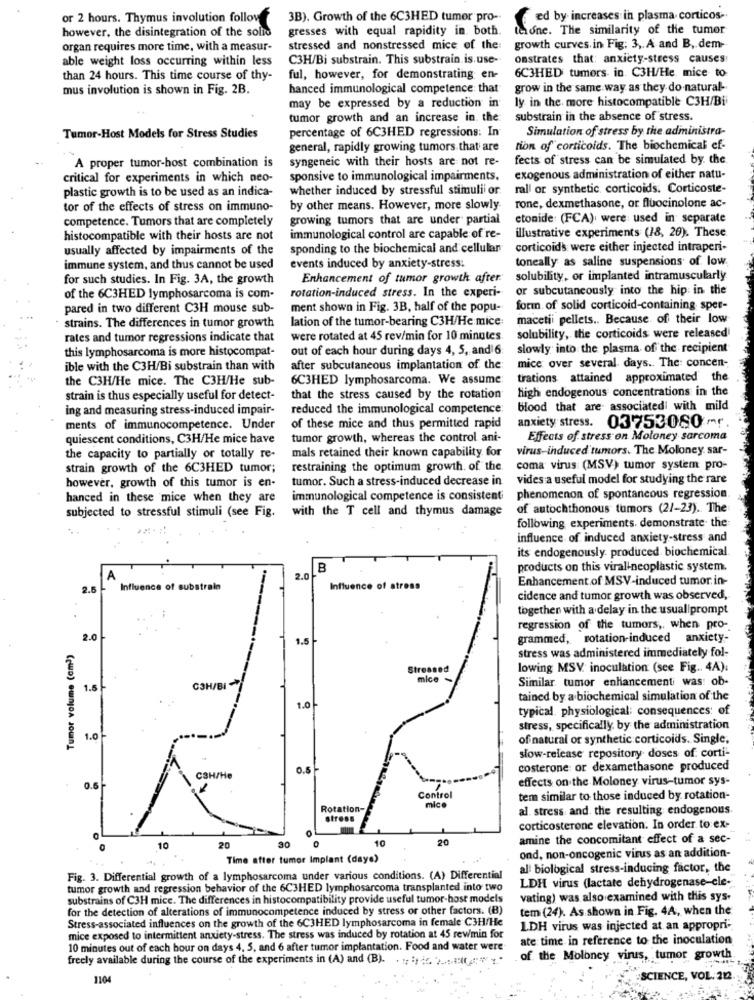
or 2 hours. Thymus involution follov
3B). Growth of the 6C3HED tumor pro-
ed by increases in plasma corticos-
however, the disintegration of the solid
gresses with equal rapidity in. both.
telone. The similarity of the tumor
organ requires more time, with a measur-
stressed and nonstressed mice of the:
growth curves in Fig: 3 ,. A and B, dem-
able weight loss occurring within less
C3H/Bi substrain. This substrain. is.use-
onstrates that: anxiety-stress causes:
6C3HED tumors in. C3H/He mice to
than 24 hours. This time course of thy-
ful, however, for demonstrating en-
mus involution is shown in Fig. 2B.
hanced immunological competence: that
grow in the same way as they do natural-
may be expressed by a reduction in
ly in the more histocompatible C3H/Bi
tumor growth and an increase in. the:
substrain in the absence of stress.
Simulation of stress by the administra-
Tumor-Host Models for Stress Studies
percentage of 6C3HED regressions: In
general, rapidly growing tumors that are
tion of corticoids. The biochemical ef-
A proper tumor-host combination is
syngeneic with their hosts are not re-
fects of stress can be simulated by. the
critical for experiments in which neo-
sponsive to immunological impairments.
exogenous administration of either natu-
plastic growth is to be used as an indica-
whether induced by stressful stimuli or
rall or synthetic, corticoids. Corticoste-
tor of the effects of stress on immuno-
by other means. However, more slowly-
rone, dexmethasone, or fluocinolone ac-
competence. Tumors that are completely
growing tumors that are under partial
etonide: (FCA); were used in separate
illustrative experiments (18, 20). These
histocompatible with their hosts are not
immunological control are capable of re-
usually affected by impairments of the
sponding to the biochemical and cellular
corticoid's were either injected intraperi-
toneally as saline suspensions of low.
immune system, and thus cannot be used
events induced by anxiety-stress:
for such studies. In Fig. 3A, the growth
Enhancement of tumor growth after.
solubility, or implanted intramuscularly
or subcutaneously into the hip in the
of the 6C3HED lymphosarcoma is com-
rotation-induced stress. In the experi-
pared in two different C3H mouse sub-
ment shown in Fig. 3B, half of the popu-
forin of solid corticoid-containing sper-
strains. The differences in tumor growth
lation of the tumor-bearing C3H/He mice
macetii pellets .. Because of their low
rates and tumor regressions indicate that
were rotated at 45 rev/min for 10 minutes.
solubility, the corticoids were released
this lymphosarcoma is more histocompat-
out of each hour during days 4, 5, and 6
slowly into the plasma of the recipient
ible with the C3H/Bi substrain than with
after subcutaneous implantation of the
mice over several days .. The: concen-
the C3H/He mice. The C3H/He sub-
6C3HED lymphosarcoma. We assume
trations attained approximated" the
high endogenous concentrations in the
strain is thus especially useful for detect-
that the stress caused by the rotation
ing and measuring stress-induced impair-
reduced the immunological competence
blood that are associated with mild
ments of immunocompetence. Under
of these mice and thus permitted rapid
anxiety stress. 03753060 -r
quiescent conditions, C3H/He mice have
tumor growth, whereas the control ani-
Effects of stress on Moloney sarcoma
virus-induced tumors. The Moloney sar-
the capacity to partially or totally re-
mals retained their known capability for
strain growth of the 6C3HED tumor;
restraining the optimum growth. of the
coma virus (MSV) tumor system pro-
however, growth of this tumor is en-
tumor. Such a stress-induced decrease in
vides a useful model for studying the rare
hanced in these mice when they are
immunological competence is consistent;
phenomenon of spontaneous regression
of autochthonous tumors (21-23). The
subjected to stressful stimuli (see Fig.
with the T cell and thymus damage
following experiments. demonstrate the:
influence of induced anxiety-stress and
its endogenously. produced biochemical.
B
products on this viraltneoplastic system.
2.0
Enhancement .of MSV-induced tumor in-
2.5
Influence of substrain
Influence of stress
cidence and tumor growth was observed,
together with a delay in the usual prompt
regression of the tumors ,, when pro-
2.0
1.5
grammed, rotation-induced anxiety-
Tumor volume (cm))
stress was administered immediately fol-
Stressed
lowing MSV inoculation (see Fig .. 4A):
mice
Similar tumor enhancementi was: ob-
1.5
C3H/BI
tained by a biochemical simulation of the
1.0
typical physiological: consequences: of
stress, specifically. by the administration
1.0
of natural or synthetic corticoids. Single,
slow-release repository doses of corti-
0.5
costerone or dexamethasone produced
C3H/He
effects on the Moloney virus-tumor sys-
0.6-
Control
tem similar to those induced by rotation-
Rotation-
mico
al. stress and the resulting endogenous
stress
corticosterone elevation. In order to ex-
30
10
20
amine the concomitant effect of a sec-
10
20
Time after tumor Implant (daye)
ond, non-oncogenic virus as an addition-
al biological stress-inducing factor, the
Fig. 3. Differential growth of a lymphosarcoma under various conditions. (A) Differential
LDH virus (lactate dehydrogenase-ele-
tumor growth and regression behavior of the 6C3HED lymphosarcoma transplanted into two
substrains of C3H mice. The differences in histocompatibility provide useful tumor-host models
vating) was also examined with this sys-
for the detection of alterations of immunocompetence induced by stress or other factors. (B)
tem (24). As shown in Fig. 4A, when the
Stress-associated influences on the growth of the 6C3HED lymphosarcoma in female C3H/He
1.DH virus was injected at an appropri -.
mice exposed to intermittent anxiety-stress. The stress was induced by rotation at 45 rewmin for
ate time in reference to the inoculation
10 minutes out of each bour on days 4, 5, and 6 after tumor implantation. Food and water were
freely available during the course of the experiments in (A) and (B). ... : ) . .... "
of the Moloney virus, tumor growth.
1104
SCIENCE, VOL. 212.